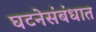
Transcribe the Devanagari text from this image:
घटनेसंबंधात